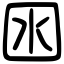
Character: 囦